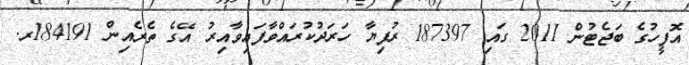
އޮފީހުގެ ބަޖެޓުން 2011 ގައި 187397 ރުފިޔާ ހަރަދުކުރައްވާފައިވާއިރު އޭގެ ތެރެއިން 184191ރ.